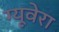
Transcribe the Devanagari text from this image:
ग्यूवेरा